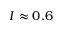
I \approx 0 . 6